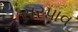
સરપાવ